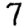
Digit: 7